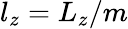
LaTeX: l_{z}=L_{z}/m